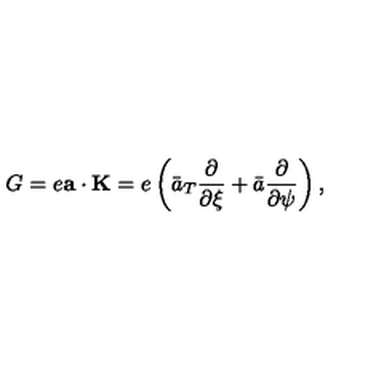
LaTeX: G = e { \bf a } \cdot { \bf K } = e \left( \bar { a } _ { T } \frac { \partial } { \partial \xi } + \bar { a } \frac { \partial } { \partial \psi } \right) ,